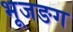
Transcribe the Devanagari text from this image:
भूजङग